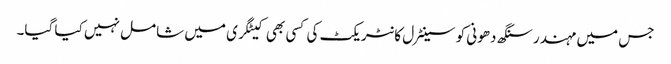
جس میں مہندرسنگھ دھونی کو سینٹرل کانٹریکٹ کی کسی بھی کیٹگری میں شامل نہیں کیا گیا۔